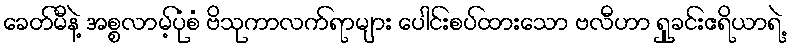
ခေတ်မီနဲ့ အစ္စလာမ့်ပုံစံ ဗိသုကာလက်ရာများ ပေါင်းစပ်ထားသော ဗလီဟာ ရှုခင်းဧရိယာရဲ့